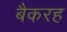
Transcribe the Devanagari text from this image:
बैकरह